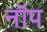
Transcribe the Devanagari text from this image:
नॉप